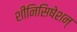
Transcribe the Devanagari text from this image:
शीनिसिषेशन्